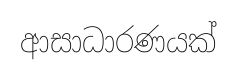
ආසාධාරණයක්